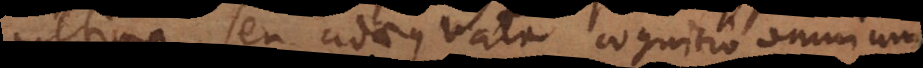
ultima, seu adaequata cognitio omnium